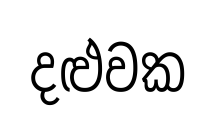
දළුවක